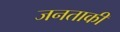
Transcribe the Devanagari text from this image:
जनताकी